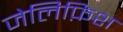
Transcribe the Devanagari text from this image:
जेलिफ़िश